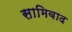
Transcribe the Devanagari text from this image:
सामिवाद